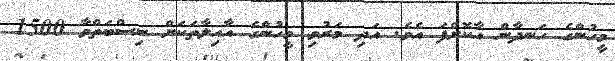
މީހުންގެ ހަނދާން އާކޮށްފަ އެވެ. އަދި މަރުވި މީހުންގެ އާއިލާތަކަށް ނިސްބަތްވާ 1500